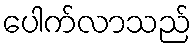
ပေါက်လာသည်